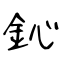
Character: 鈊